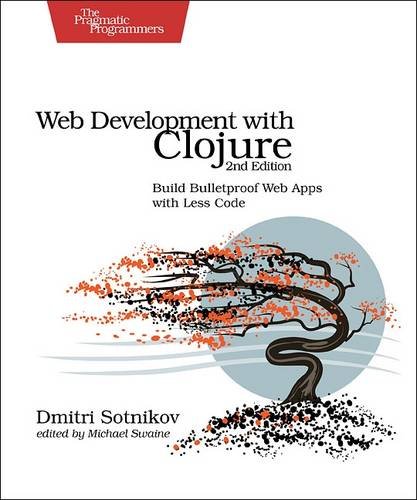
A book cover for Web Development with Clojure: Build Bulletproof Web Apps with Less Code; Dmitri Sotnikov; Computers & Technology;